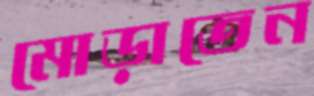
মোড়াতেন